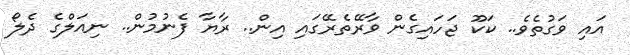
އައި ވަގުތެވެ.. ކަކޫ ޖަހައިގެން ވާރޭތެރޭގައި އިން.. ރާޔާ ފެނުމުން.. ނިއަލްގެ ދެލޯ